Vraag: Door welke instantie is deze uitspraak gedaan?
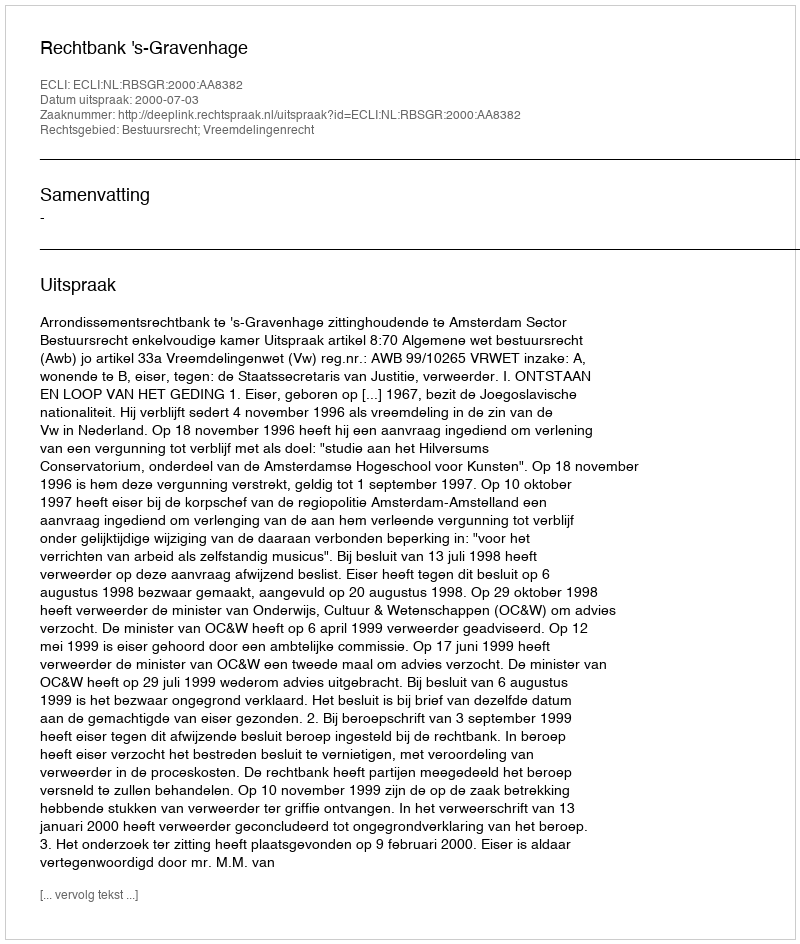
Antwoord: Rechtbank 's-Gravenhage